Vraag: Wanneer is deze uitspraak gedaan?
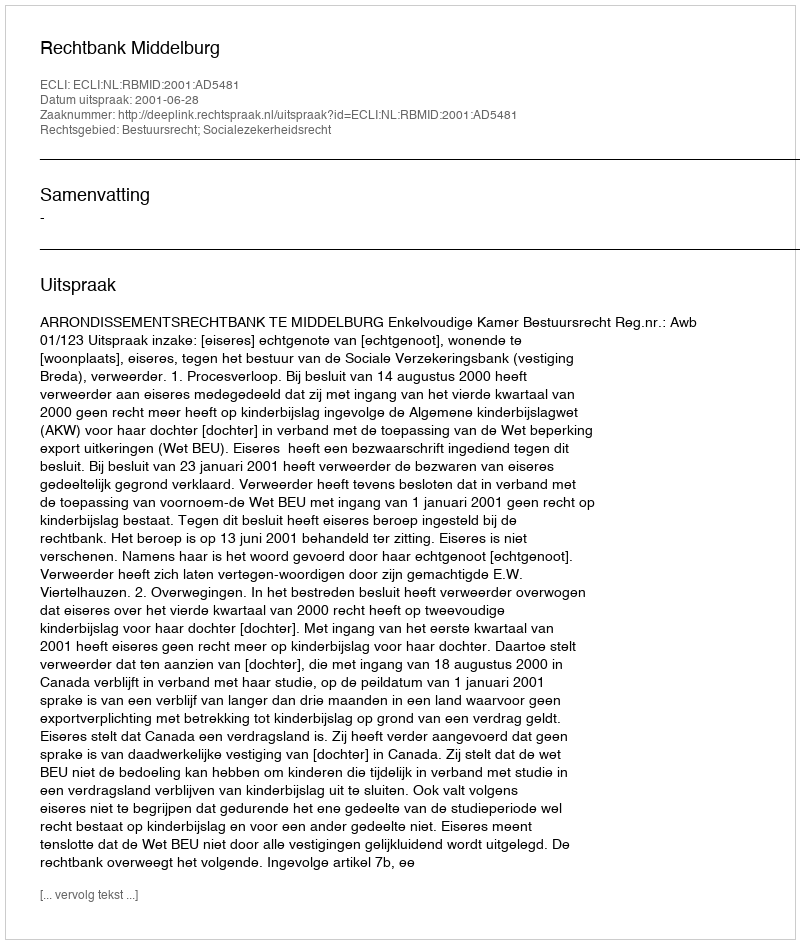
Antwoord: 2001-06-28